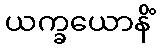
ယက္ခယောနိံ